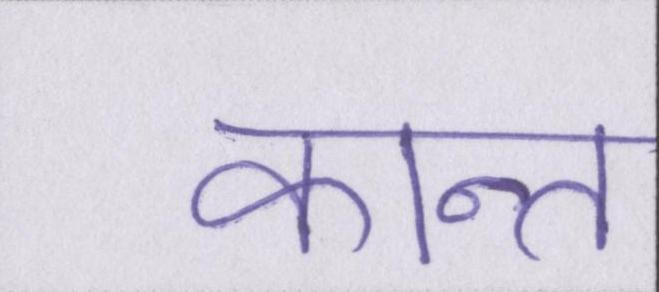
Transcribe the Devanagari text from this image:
कान्त